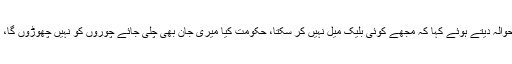
انہوں نے بدعنوانی کے خاتمہ کے لئے اپنی 22 سالہ جدوجہد کا حوالہ دیتے ہوئے کہا کہ مجھے کوئی بلیک میل نہیں کر سکتا، حکومت کیا میری جان بھی چلی جائے چوروں کو نہیں چھوڑوں گا، ملک کو نقصان پہنچانے والوں کو کسی صورت نہیں چھوڑوں گا۔